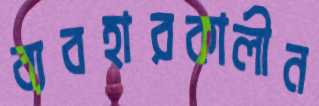
ব্যবহারকালীন